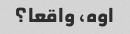
اوه، واقعا؟